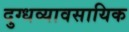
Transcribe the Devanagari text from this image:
दुग्धव्यावसायिक